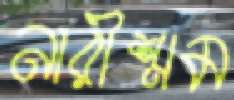
নারীশ্রম